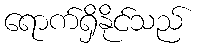
ရောက်ရှိနိုင်သည်